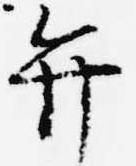
弁